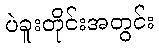
ပဲခူးတိုင်းအတွင်း